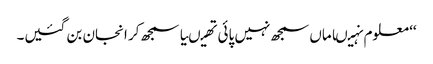
‘‘ معلوم نہیںاماں سمجھ نہیں پائی تھیںیا سمجھ کر انجان بن گئیں۔